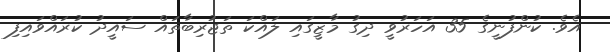
އެވެ. ކުންފުނީގެ 35 އަހަރުވީ ދިގު މާޒީގައި ލައްކަ ތަޖުރިބާތައް ސައީދު ކުރައްވައިފި